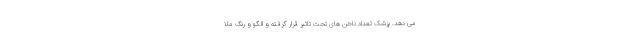
می دهد. پزشک تعداد ناخن های تحت تاثیر قرار گرفته و الگو و رنگ ملا